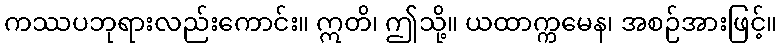
ကဿပဘုရားလည်းကောင်း။ ဣတိ၊ ဤသို့။ ယထာက္ကမေန၊ အစဉ်အားဖြင့်။